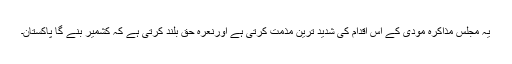
یہ مجلس مذاکرہ مودی کے اس اقدام کی شدید ترین مذمت کرتی ہے اورنعرہ حق بلند کرتی ہے کہ کشمیر بنے گا پاکستان۔